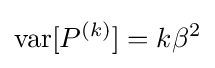
\operatorname {var} [P^{(k)}]=k\beta ^{2}